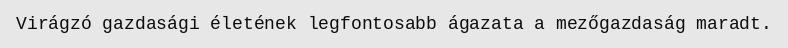
Virágzó gazdasági életének legfontosabb ágazata a mezőgazdaság maradt.